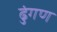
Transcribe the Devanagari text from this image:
ढुंगण